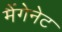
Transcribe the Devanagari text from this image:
मैंगेनेट